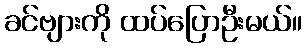
ခင်ဗျားကို ထပ်ပြောဦးမယ်။